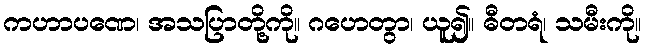
ကဟာပဏေ၊ အသပြာတို့ကို။ ဂဟေတွာ၊ ယူ၍။ ဓီတရံ၊ သမီးကို။